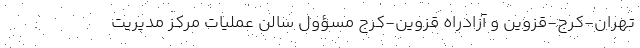
تهران-کرج-قزوین و آزادراه قزوین-کرج مسؤول سالن عملیات مرکز مدیریت